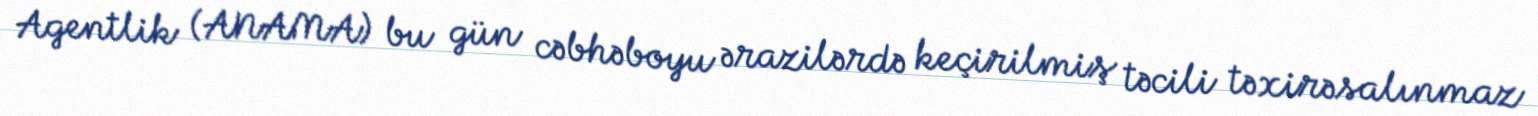
Agentlik (ANAMA) bu gün cəbhəboyu ərazilərdə keçirilmiş təcili təxirəsalınmaz